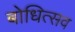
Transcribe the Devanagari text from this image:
बोधित्सव